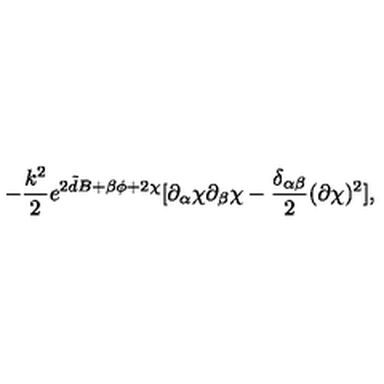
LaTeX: - \frac { k ^ { 2 } } { 2 } e ^ { 2 { \tilde { d } } B + \beta \phi + 2 \chi } [ \partial _ { \alpha } \chi \partial _ { \beta } \chi - \frac { \delta _ { \alpha \beta } } { 2 } ( \partial \chi ) ^ { 2 } ] ,